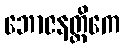
ဘောဇနတ္ထိကေ